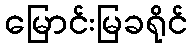
မြောင်းမြခရိုင်